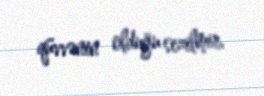
qüvvənin olduğu sezilmir.